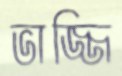
ভাজ্জি